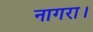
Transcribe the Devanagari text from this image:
नागरा।